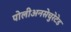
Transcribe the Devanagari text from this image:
पोलीअनसेचुरेटेड